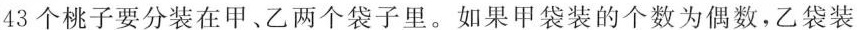
43个桃子要分装在甲、乙两个袋子里。如果甲袋装的个数为偶数，乙袋装